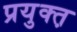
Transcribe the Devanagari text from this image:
प्रयुक्त़